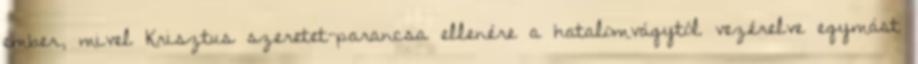
ember, mivel Krisztus szeretet-parancsa ellenére a hatalomvágytól vezérelve egymást